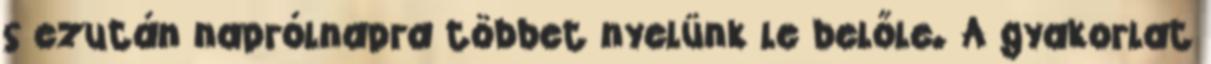
s ezután naprólnapra többet nyelünk le belőle. A gyakorlat